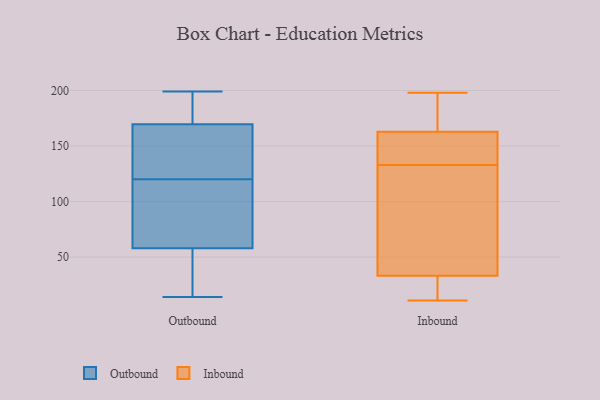
{"axis": {"x": "Tickets Resolved", "y": "Value"}, "legend": ["Inbound", "Outbound"], "data": [{"x": "", "y": 154, "type": "Outbound"}, {"x": "", "y": 14, "type": "Outbound"}, {"x": "", "y": 178, "type": "Outbound"}, {"x": "", "y": 84, "type": "Outbound"}, {"x": "", "y": 169, "type": "Outbound"}, {"x": "", "y": 18, "type": "Outbound"}, {"x": "", "y": 149, "type": "Outbound"}, {"x": "", "y": 67, "type": "Outbound"}, {"x": "", "y": 171, "type": "Outbound"}, {"x": "", "y": 31, "type": "Outbound"}, {"x": "", "y": 199, "type": "Outbound"}, {"x": "", "y": 120, "type": "Outbound"}, {"x": "", "y": 79, "type": "Outbound"}, {"x": "", "y": 133, "type": "Inbound"}, {"x": "", "y": 166, "type": "Inbound"}, {"x": "", "y": 194, "type": "Inbound"}, {"x": "", "y": 34, "type": "Inbound"}, {"x": "", "y": 11, "type": "Inbound"}, {"x": "", "y": 28, "type": "Inbound"}, {"x": "", "y": 189, "type": "Inbound"}, {"x": "", "y": 33, "type": "Inbound"}, {"x": "", "y": 153, "type": "Inbound"}, {"x": "", "y": 61, "type": "Inbound"}, {"x": "", "y": 138, "type": "Inbound"}, {"x": "", "y": 19, "type": "Inbound"}, {"x": "", "y": 127, "type": "Inbound"}, {"x": "", "y": 76, "type": "Inbound"}, {"x": "", "y": 17, "type": "Inbound"}, {"x": "", "y": 143, "type": "Inbound"}, {"x": "", "y": 198, "type": "Inbound"}, {"x": "", "y": 151, "type": "Inbound"}, {"x": "", "y": 166, "type": "Inbound"}]}